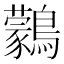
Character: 鸏